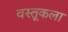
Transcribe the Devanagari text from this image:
वस्तूकला